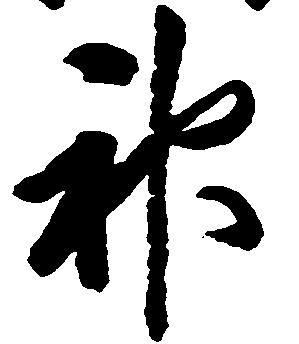
神